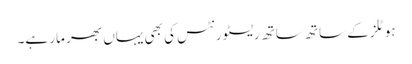
ہوٹلز کے ساتھ ساتھ ریسٹورنٹس کی بھی یہاں بھر مار ہے۔